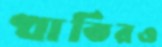
খাতিরও